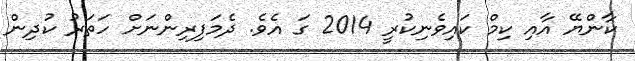
ކާންޔޭ އާއި ކިމް ކައިވެނިކުރީ 2014 ގަ އެވެ. ދެމަފިރިންނަށް ހަތަރު ކުދިން